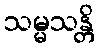
သမ္မသန္တိ